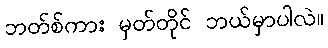
ဘတ်စ်ကား မှတ်တိုင် ဘယ်မှာပါလဲ။